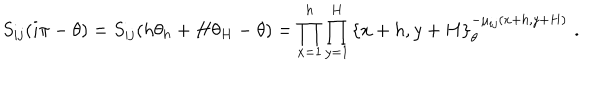
LaTeX: S _ { i j } ( i \pi - \theta ) = S _ { i j } ( h \theta _ { h } + H \theta _ { H } - \theta ) = \prod _ { x = 1 } ^ { h } \prod _ { y = 1 } ^ { H } \left\{ x + h , y + H \right\} _ { \theta } ^ { - \mu _ { i j } ( x + h , y + H ) } \, \, .